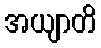
အယျာတိ